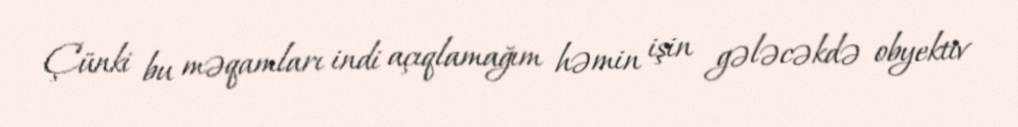
Çünki bu məqamları indi açıqlamağım həmin işin gələcəkdə obyektiv